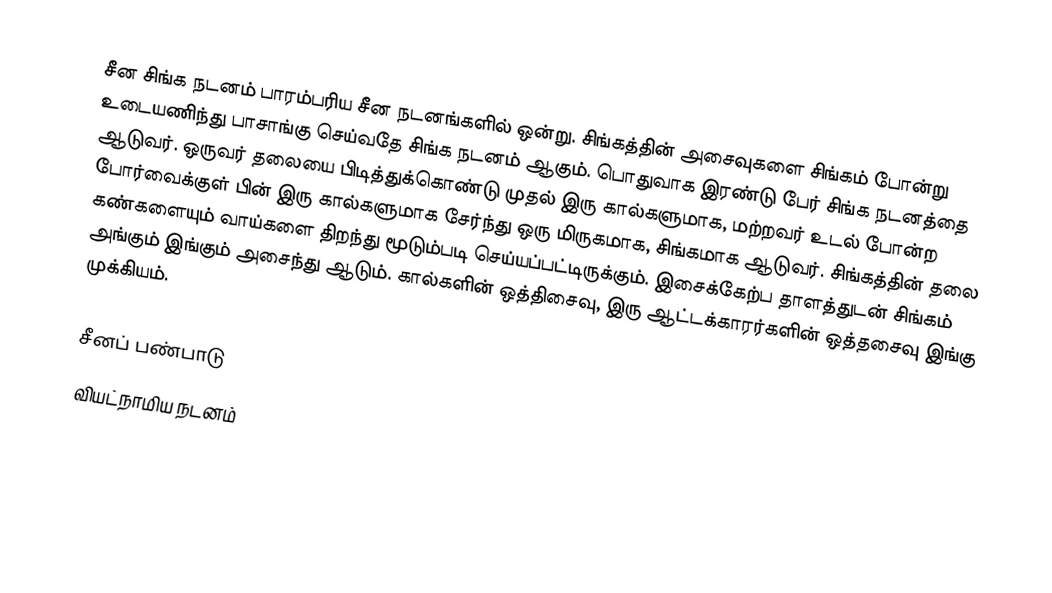
சீன சிங்க நடனம் பாரம்பரிய சீன நடனங்களில் ஒன்று. சிங்கத்தின் அசைவுகளை சிங்கம் போன்று உடையணிந்து பாசாங்கு செய்வதே சிங்க நடனம் ஆகும். பொதுவாக இரண்டு பேர் சிங்க நடனத்தை ஆடுவர். ஒருவர் தலையை பிடித்துக்கொண்டு முதல் இரு கால்களுமாக, மற்றவர் உடல் போன்ற போர்வைக்குள் பின் இரு கால்களுமாக சேர்ந்து ஒரு மிருகமாக, சிங்கமாக ஆடுவர். சிங்கத்தின் தலை கண்களையும் வாய்களை திறந்து மூடும்படி செய்யப்பட்டிருக்கும். இசைக்கேற்ப தாளத்துடன் சிங்கம் அங்கும் இங்கும் அசைந்து ஆடும். கால்களின் ஒத்திசைவு, இரு ஆட்டக்காரர்களின் ஒத்தசைவு இங்கு முக்கியம்.

சீனப் பண்பாடு
வியட்நாமிய நடனம்